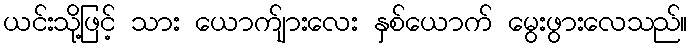
ယင်းသို့ဖြင့် သား ယောက်ျားလေး နှစ်ယောက် မွေးဖွားလေသည်။